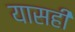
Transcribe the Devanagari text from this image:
यासही